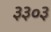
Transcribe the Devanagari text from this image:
३३०३